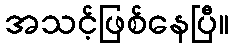
အသင့်ဖြစ်နေပြီ။